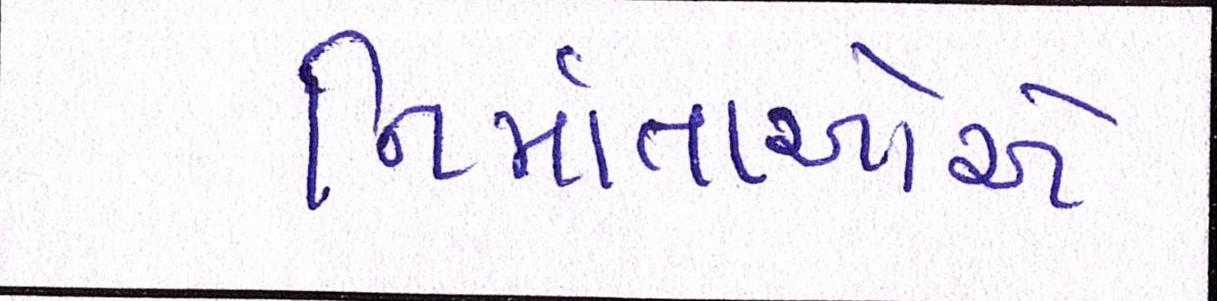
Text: નિર્માતાઓએ